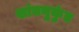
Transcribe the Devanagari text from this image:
शांतनुकुंड